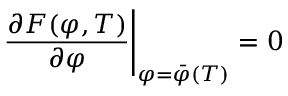
{ \frac { \partial { \cal F } ( \varphi , T ) } { \partial \varphi } } \Bigg | _ { \varphi = \bar { \varphi } ( T ) } = 0